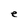
Character: e